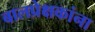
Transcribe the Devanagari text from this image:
बालप्रेक्षकांना